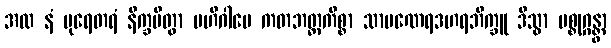
အထ နံ ပုရေတရံ နိက္ခမိတွာ ဗဟိဂါမေ ကတဘတ္တကိစ္စာ သာမဏေရဒဟရဘိက္ခူ ဒိသွာ ပစ္စုဂ္ဂန္တွာ